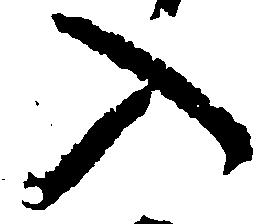
入